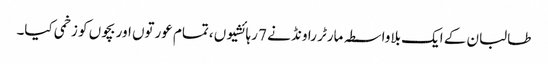
طالبان کے ایک بلاواسطہ مارٹر راونڈ نے 7 رہائشیوں ،تمام عورتوں اور بچوں کو زخمی کیا۔